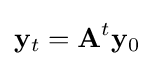
\mathbf {y} _{t}=\mathbf {A} ^{t}\mathbf {y} _{0}